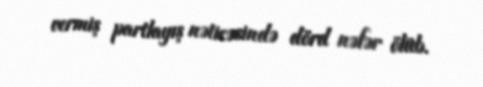
vermiş partlayış nəticəsində dörd nəfər ölüb.